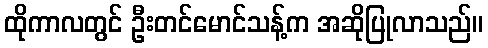
ထိုကာလတွင် ဦးတင်မောင်သန့်က အဆိုပြုလာသည်။